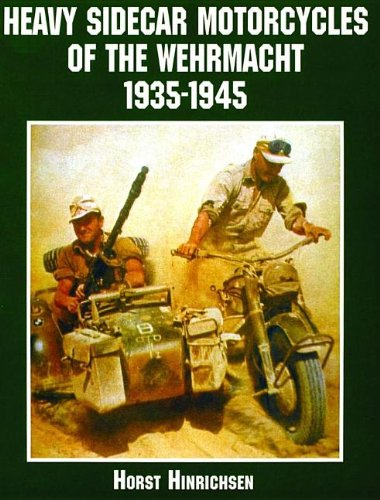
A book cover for Heavy Sidecar Motorcycles of the Wehrmacht 1935-1945 (Schiffer Military/Aviation History); Horst Hinrichsen; Arts & Photography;